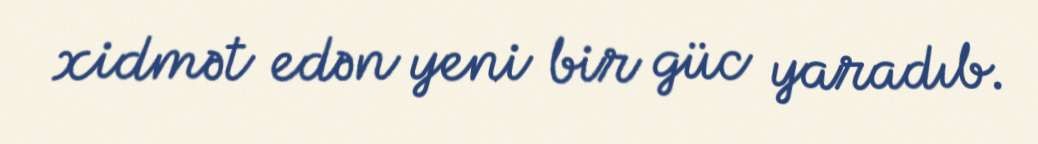
xidmət edən yeni bir güc yaradıb.